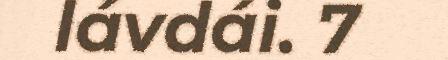
lávdái. 7